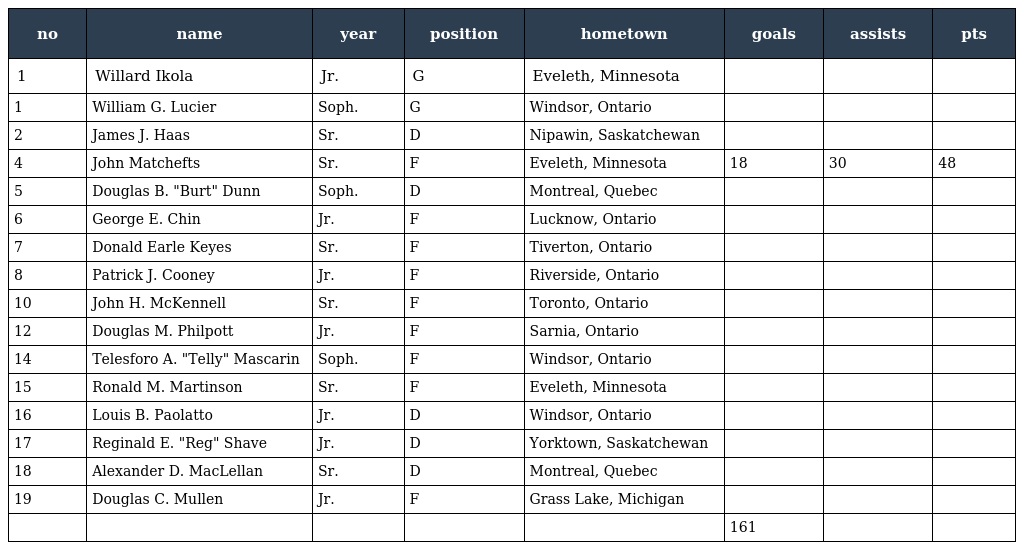
| no | name | year | position | hometown | goals | assists | pts |
 | --- | --- | --- | --- | --- | --- | --- | --- |
 | 1 | Willard Ikola | Jr. | G | Eveleth, Minnesota |  |  |  |
 | 1 | William G. Lucier | Soph. | G | Windsor, Ontario |  |  |  |
 | 2 | James J. Haas | Sr. | D | Nipawin, Saskatchewan |  |  |  |
 | 4 | John Matchefts | Sr. | F | Eveleth, Minnesota | 18 | 30 | 48 |
 | 5 | Douglas B. "Burt" Dunn | Soph. | D | Montreal, Quebec |  |  |  |
 | 6 | George E. Chin | Jr. | F | Lucknow, Ontario |  |  |  |
 | 7 | Donald Earle Keyes | Sr. | F | Tiverton, Ontario |  |  |  |
 | 8 | Patrick J. Cooney | Jr. | F | Riverside, Ontario |  |  |  |
 | 10 | John H. McKennell | Sr. | F | Toronto, Ontario |  |  |  |
 | 12 | Douglas M. Philpott | Jr. | F | Sarnia, Ontario |  |  |  |
 | 14 | Telesforo A. "Telly" Mascarin | Soph. | F | Windsor, Ontario |  |  |  |
 | 15 | Ronald M. Martinson | Sr. | F | Eveleth, Minnesota |  |  |  |
 | 16 | Louis B. Paolatto | Jr. | D | Windsor, Ontario |  |  |  |
 | 17 | Reginald E. "Reg" Shave | Jr. | D | Yorktown, Saskatchewan |  |  |  |
 | 18 | Alexander D. MacLellan | Sr. | D | Montreal, Quebec |  |  |  |
 | 19 | Douglas C. Mullen | Jr. | F | Grass Lake, Michigan |  |  |  |
 |  |  |  |  |  | 161 |  |  |